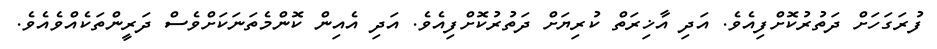
ފުރަގަހަށް ދަތުރުކޮށްފިއެވެ. އަދި އާޚިރަތް ކުރިޔަށް ދަތުރުކޮށްފިއެވެ. އަދި އެއިން ކޮންމެތަނަކަށްވެސް ދަރީންތަކެއްވެއެވެ.